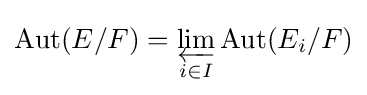
\operatorname {Aut} (E/F)=\varprojlim _{i\in I}{\operatorname {Aut} (E_{i}/F)}